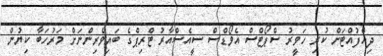
ދިއްފުއްޓަށް ކުރި ހަވީރު ސްޕޯޓްސް އެވޯޑްސް ސީއެސްއާރު ޓްރިޕްގެ ބައިވެރިންނަށް މަރުހަބާ ކިޔުން